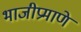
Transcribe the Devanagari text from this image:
भाजीप्रमाणे